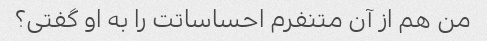
من هم از آن متنفرم احساساتت را به او گفتی؟